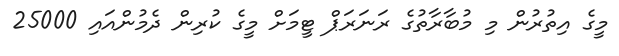
މީގެ އިތުރުން މި މުބާރާތުގެ ރަނަރަޕް ޓީމަށް މީގެ ކުރިން ދެމުންއައި 25000